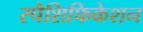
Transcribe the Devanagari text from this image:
स्पैशिफिकेशन